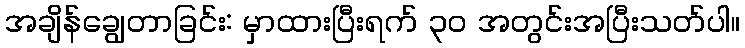
အချိန်ချွေတာခြင်း: မှာထားပြီးရက် ၃၀ အတွင်းအပြီးသတ်ပါ။